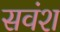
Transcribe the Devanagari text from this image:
सवंश